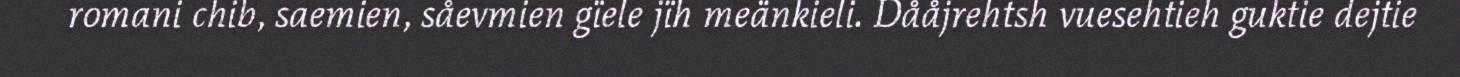
romani chib, saemien, såevmien gïele jïh meänkieli. Dååjrehtsh vuesehtieh guktie dejtie